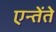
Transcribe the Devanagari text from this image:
एन्तेंते